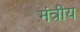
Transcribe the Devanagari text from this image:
मंत्रीय